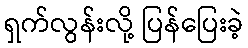
ရှက်လွန်းလို့ ပြန်ပြေးခဲ့